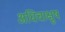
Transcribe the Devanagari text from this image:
अधिचाक्षुष